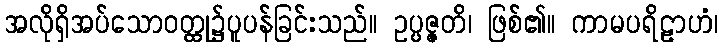
အလိုရှိအပ်သောဝတ္ထု၌ပူပန်ခြင်းသည်။ ဥပ္ပဇ္ဇတိ၊ ဖြစ်၏။ ကာမပရိဠာဟံ၊